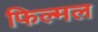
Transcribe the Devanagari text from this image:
फिल्मल